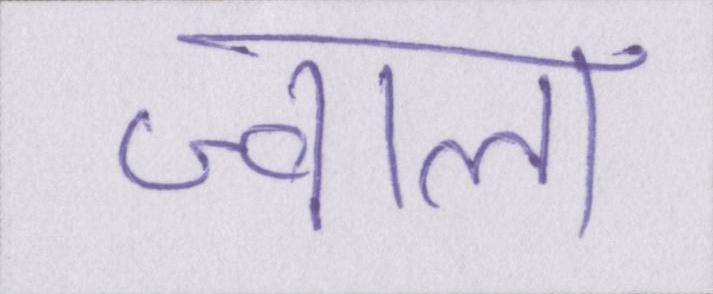
ज्वाला